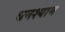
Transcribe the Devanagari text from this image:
धनश्याम